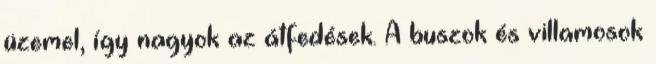
üzemel, így nagyok az átfedések. A buszok és villamosok